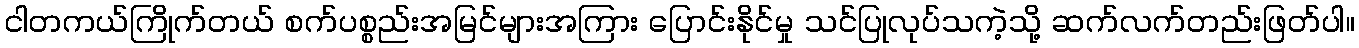
ငါတကယ်ကြိုက်တယ် စက်ပစ္စည်းအမြင်များအကြား ပြောင်းနိုင်မှု သင်ပြုလုပ်သကဲ့သို့ ဆက်လက်တည်းဖြတ်ပါ။